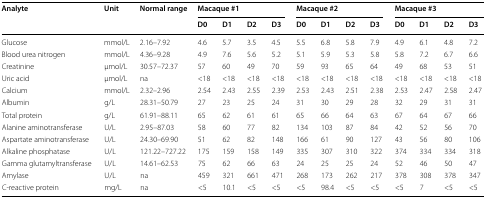
<table><thead><tr><td rowspan="2"><b>Analyte</b></td><td rowspan="2"><b>Unit</b></td><td rowspan="2"><b>Normal range</b></td><td colspan="4"><b>Macaque #1</b></td><td colspan="4"><b>Macaque #2</b></td><td colspan="4"><b>Macaque #3</b></td></tr><tr><td><b>D0</b></td><td><b>D1</b></td><td><b>D2</b></td><td><b>D3</b></td><td><b>D0</b></td><td><b>D1</b></td><td><b>D2</b></td><td><b>D3</b></td><td><b>D0</b></td><td><b>D1</b></td><td><b>D2</b></td><td><b>D3</b></td></tr></thead><tbody><tr><td>Glucose</td><td>mmol/L</td><td>2.16–7.92</td><td>4.6</td><td>5.7</td><td>3.5</td><td>4.5</td><td>5.5</td><td>6.8</td><td>5.8</td><td>7.9</td><td>4.9</td><td>6.1</td><td>4.8</td><td>7.2</td></tr><tr><td>Blood urea nitrogen</td><td>mmol/L</td><td>4.36–9.28</td><td>4.9</td><td>7.6</td><td>5.6</td><td>5.2</td><td>5.1</td><td>5.9</td><td>5.3</td><td>5.8</td><td>5.8</td><td>7.2</td><td>6.7</td><td>6.6</td></tr><tr><td>Creatinine</td><td>μmol/L</td><td>30.57–72.37</td><td>57</td><td>60</td><td>49</td><td>70</td><td>59</td><td>93</td><td>65</td><td>64</td><td>49</td><td>68</td><td>53</td><td>51</td></tr><tr><td>Uric acid</td><td>μmol/L</td><td>na</td><td>&lt;18</td><td>&lt;18</td><td>&lt;18</td><td>&lt;18</td><td>&lt;18</td><td>&lt;18</td><td>&lt;18</td><td>&lt;18</td><td>&lt;18</td><td>&lt;18</td><td>&lt;18</td><td>&lt;18</td></tr><tr><td>Calcium</td><td>mmol/L</td><td>2.32–2.96</td><td>2.54</td><td>2.43</td><td>2.55</td><td>2.39</td><td>2.53</td><td>2.43</td><td>2.51</td><td>2.38</td><td>2.53</td><td>2.47</td><td>2.58</td><td>2.47</td></tr><tr><td>Albumin</td><td>g/L</td><td>28.31–50.79</td><td>27</td><td>23</td><td>25</td><td>24</td><td>31</td><td>30</td><td>29</td><td>28</td><td>32</td><td>29</td><td>31</td><td>31</td></tr><tr><td>Total protein</td><td>g/L</td><td>61.91–88.11</td><td>65</td><td>62</td><td>61</td><td>61</td><td>65</td><td>66</td><td>64</td><td>63</td><td>67</td><td>64</td><td>67</td><td>66</td></tr><tr><td>Alanine aminotransferase</td><td>U/L</td><td>2.95–87.03</td><td>58</td><td>60</td><td>77</td><td>82</td><td>134</td><td>103</td><td>87</td><td>84</td><td>42</td><td>52</td><td>56</td><td>70</td></tr><tr><td>Aspartate aminotransferase</td><td>U/L</td><td>24.30–69.90</td><td>51</td><td>62</td><td>82</td><td>148</td><td>166</td><td>61</td><td>90</td><td>127</td><td>43</td><td>56</td><td>80</td><td>106</td></tr><tr><td>Alkaline phosphatase</td><td>U/L</td><td>121.22–727.22</td><td>175</td><td>159</td><td>158</td><td>149</td><td>335</td><td>307</td><td>310</td><td>322</td><td>374</td><td>334</td><td>334</td><td>318</td></tr><tr><td>Gamma glutamyltransferase</td><td>U/L</td><td>14.61–62.53</td><td>75</td><td>62</td><td>66</td><td>63</td><td>24</td><td>25</td><td>25</td><td>24</td><td>52</td><td>46</td><td>50</td><td>47</td></tr><tr><td>Amylase</td><td>U/L</td><td>na</td><td>459</td><td>321</td><td>661</td><td>471</td><td>268</td><td>173</td><td>262</td><td>217</td><td>378</td><td>308</td><td>378</td><td>347</td></tr><tr><td>C-reactive protein</td><td>mg/L</td><td>na</td><td>&lt;5</td><td>10.1</td><td>&lt;5</td><td>&lt;5</td><td>&lt;5</td><td>98.4</td><td>&lt;5</td><td>&lt;5</td><td>&lt;5</td><td>7</td><td>&lt;5</td><td>&lt;5</td></tr></tbody></table>